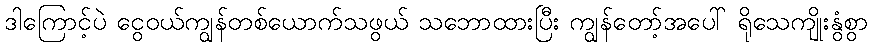
ဒါကြောင့်ပဲ ငွေဝယ်ကျွန်တစ်ယောက်သဖွယ် သဘောထားပြီး ကျွန်တော့်အပေါ် ရိုသေကျိုးနွံစွာ